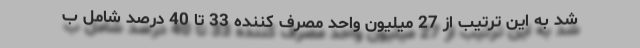
شد به این ترتیب از 27 میلیون واحد مصرف کننده 33 تا 40 درصد شامل ب